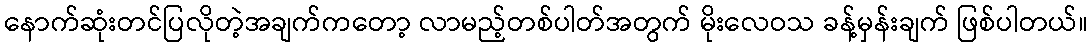
နောက်ဆုံးတင်ပြလိုတဲ့အချက်ကတော့ လာမည့်တစ်ပါတ်အတွက် မိုးလေဝသ ခန့်မှန်းချက် ဖြစ်ပါတယ်။